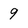
Character: 9